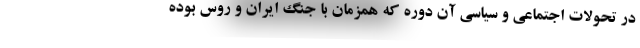
در تحولات اجتماعی و سیاسی آن دوره که همزمان با جنگ ایران و روس بوده